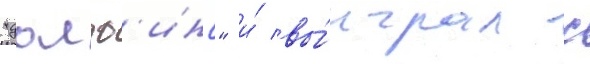
"долф'инс" и́ вы́играл с